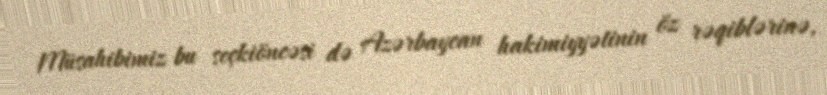
Müsahibimiz bu seçkiöncəsi də Azərbaycan hakimiyyətinin öz rəqiblərinə,